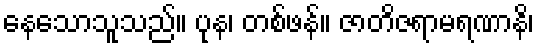
နေသောသူသည်။ ပုန၊ တစ်ဖန်။ ဇာတိဇရာမရဏာနိ၊